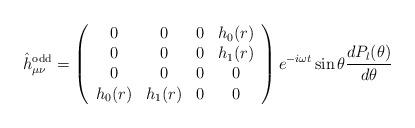
LaTeX: \begin{align*}\hat h_{\mu\nu}^{\rm odd} = \left (\begin{array}{cccc}0 & 0 & 0 & h_0(r) \\0 & 0 & 0 & h_1(r) \\0 & 0 & 0 & 0 \\h_0(r) & h_1(r) & 0 & 0\end{array}\right ) e^{-i\omega t} \sin\theta {{d P_l(\theta)} \over {d\theta}}\end{align*}